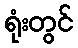
ရုံးတွင်